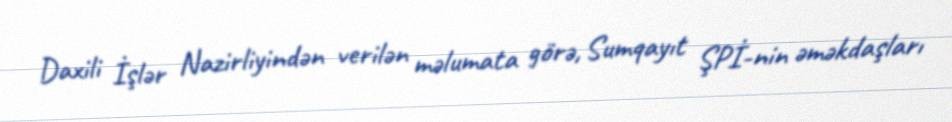
Daxili İşlər Nazirliyindən verilən məlumata görə, Sumqayıt ŞPİ-nin əməkdaşları